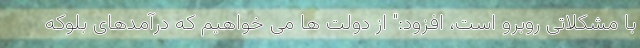
با مشکلاتی روبرو است، افزود:" از دولت ها می خواهیم که درآمدهای بلوکه